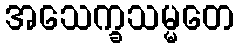
အသေက္ခသမ္မတေ